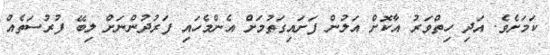
ކަމަށެވެ. އަދި ހިތްވަރު އާކޮށް އަލުން ފަށައިގަތުމަށް އެންމެހައި ފަރުދުންނަށް ލިބޭ ފުރުސަތެއް